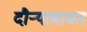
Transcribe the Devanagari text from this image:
दौर्‍याबाबत